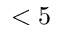
< 5